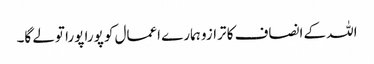
اللہ کے انصاف کا ترازو ہمارے اعمال کو پورا پورا تولے گا۔